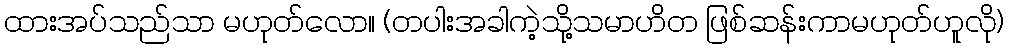
ထားအပ်သည်သာ မဟုတ်လော။ (တပါးအခါကဲ့သို့သမာဟိတ ဖြစ်ဆန်းကာမဟုတ်ဟူလို)